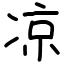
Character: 凉